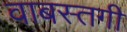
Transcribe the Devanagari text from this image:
वाबस्तगी